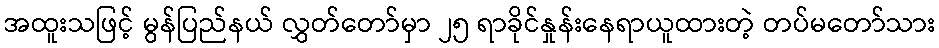
အထူးသဖြင့် မွန်ပြည်နယ် လွှတ်တော်မှာ ၂၅ ရာခိုင်နှုန်းနေရာယူထားတဲ့ တပ်မတော်သား